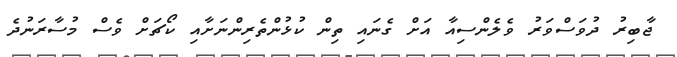
ޖާބިރު ދުވަސްވަރު ވެލެންސިއާ އަށް ގެނައި ތިން ކުޅުންތެރިންނަށާއި ކޯޗަށް ވެސް މުސާރަނުދެ